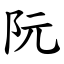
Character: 阮